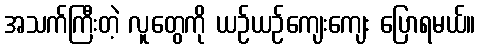
အသက်ကြီးတဲ့ လူတွေကို ယဉ်ယဉ်ကျေးကျေး ပြောရမယ်။